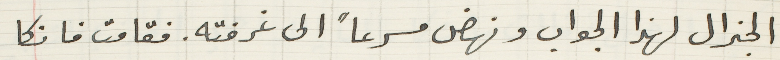
الجنرال لهذا الجواب ونهضى مسرعاً الى غرفته. فقامت فانكا